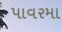
પાવરમા